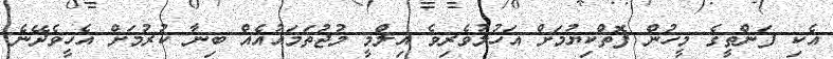
އެކި ފަންތީގެ މީހުން ފޮތްކިޔުމަށް އަހުލުވެރިވެ އިލްމީ މުޖުތަމައުއެއް ބިނާ ކުރުމަށް އެހީވެދޭނެ